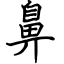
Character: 鼻